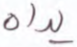
يداه